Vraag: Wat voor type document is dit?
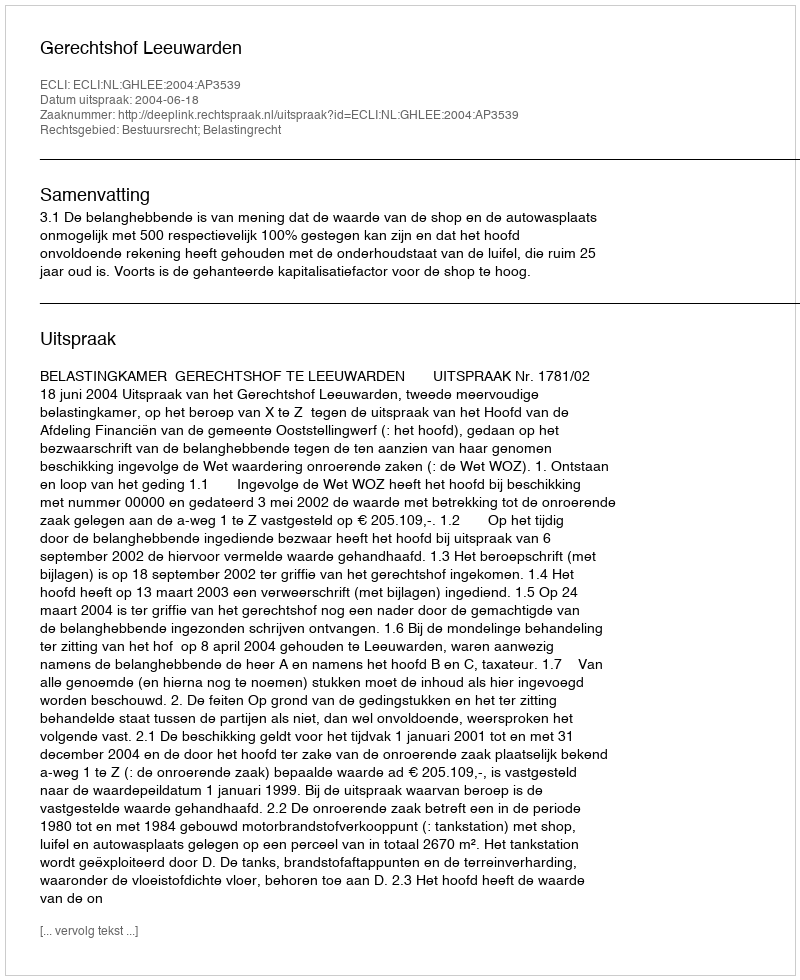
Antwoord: Uitspraak